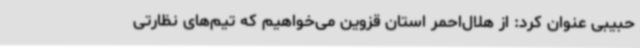
حبیبی عنوان کرد: از هلال‌احمر استان قزوین می‌خواهیم که تیم‌های نظارتی